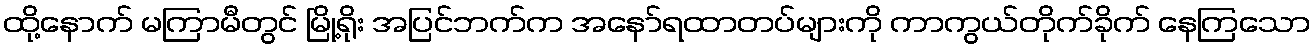
ထို့နောက် မကြာမီတွင် မြို့ရိုး အပြင်ဘက်က အနော်ရထာတပ်များကို ကာကွယ်တိုက်ခိုက် နေကြသော